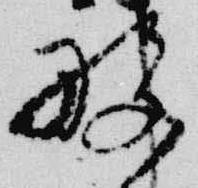
般